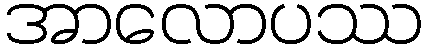
အာလောပဿ